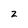
Character: z